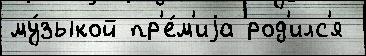
му́зыкой пр'е́м'иjа род'илс'я